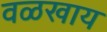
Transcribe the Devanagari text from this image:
वळखाय